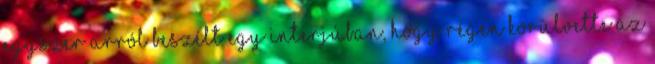
Egyszer arról beszélt egy interjúban, hogy régen körülvette az